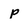
Character: p